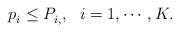
LaTeX: \begin{align*}p^{}_i \leq P^{}_{i,}, ~~ i =1,\cdots, K.\end{align*}